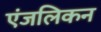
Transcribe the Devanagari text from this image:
एंजलिकन